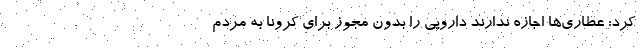
کرد: عطاری‌ها اجازه ندارند دارویی را بدون مجوز برای کرونا به مردم